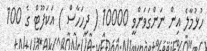
ހުޅުމާލެ އިން ނަންގަވަންވީ 10000 ( ދިހަހާސް ) އަކަފޫޓް ގެ 100